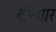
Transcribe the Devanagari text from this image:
ब्रौंन्यार